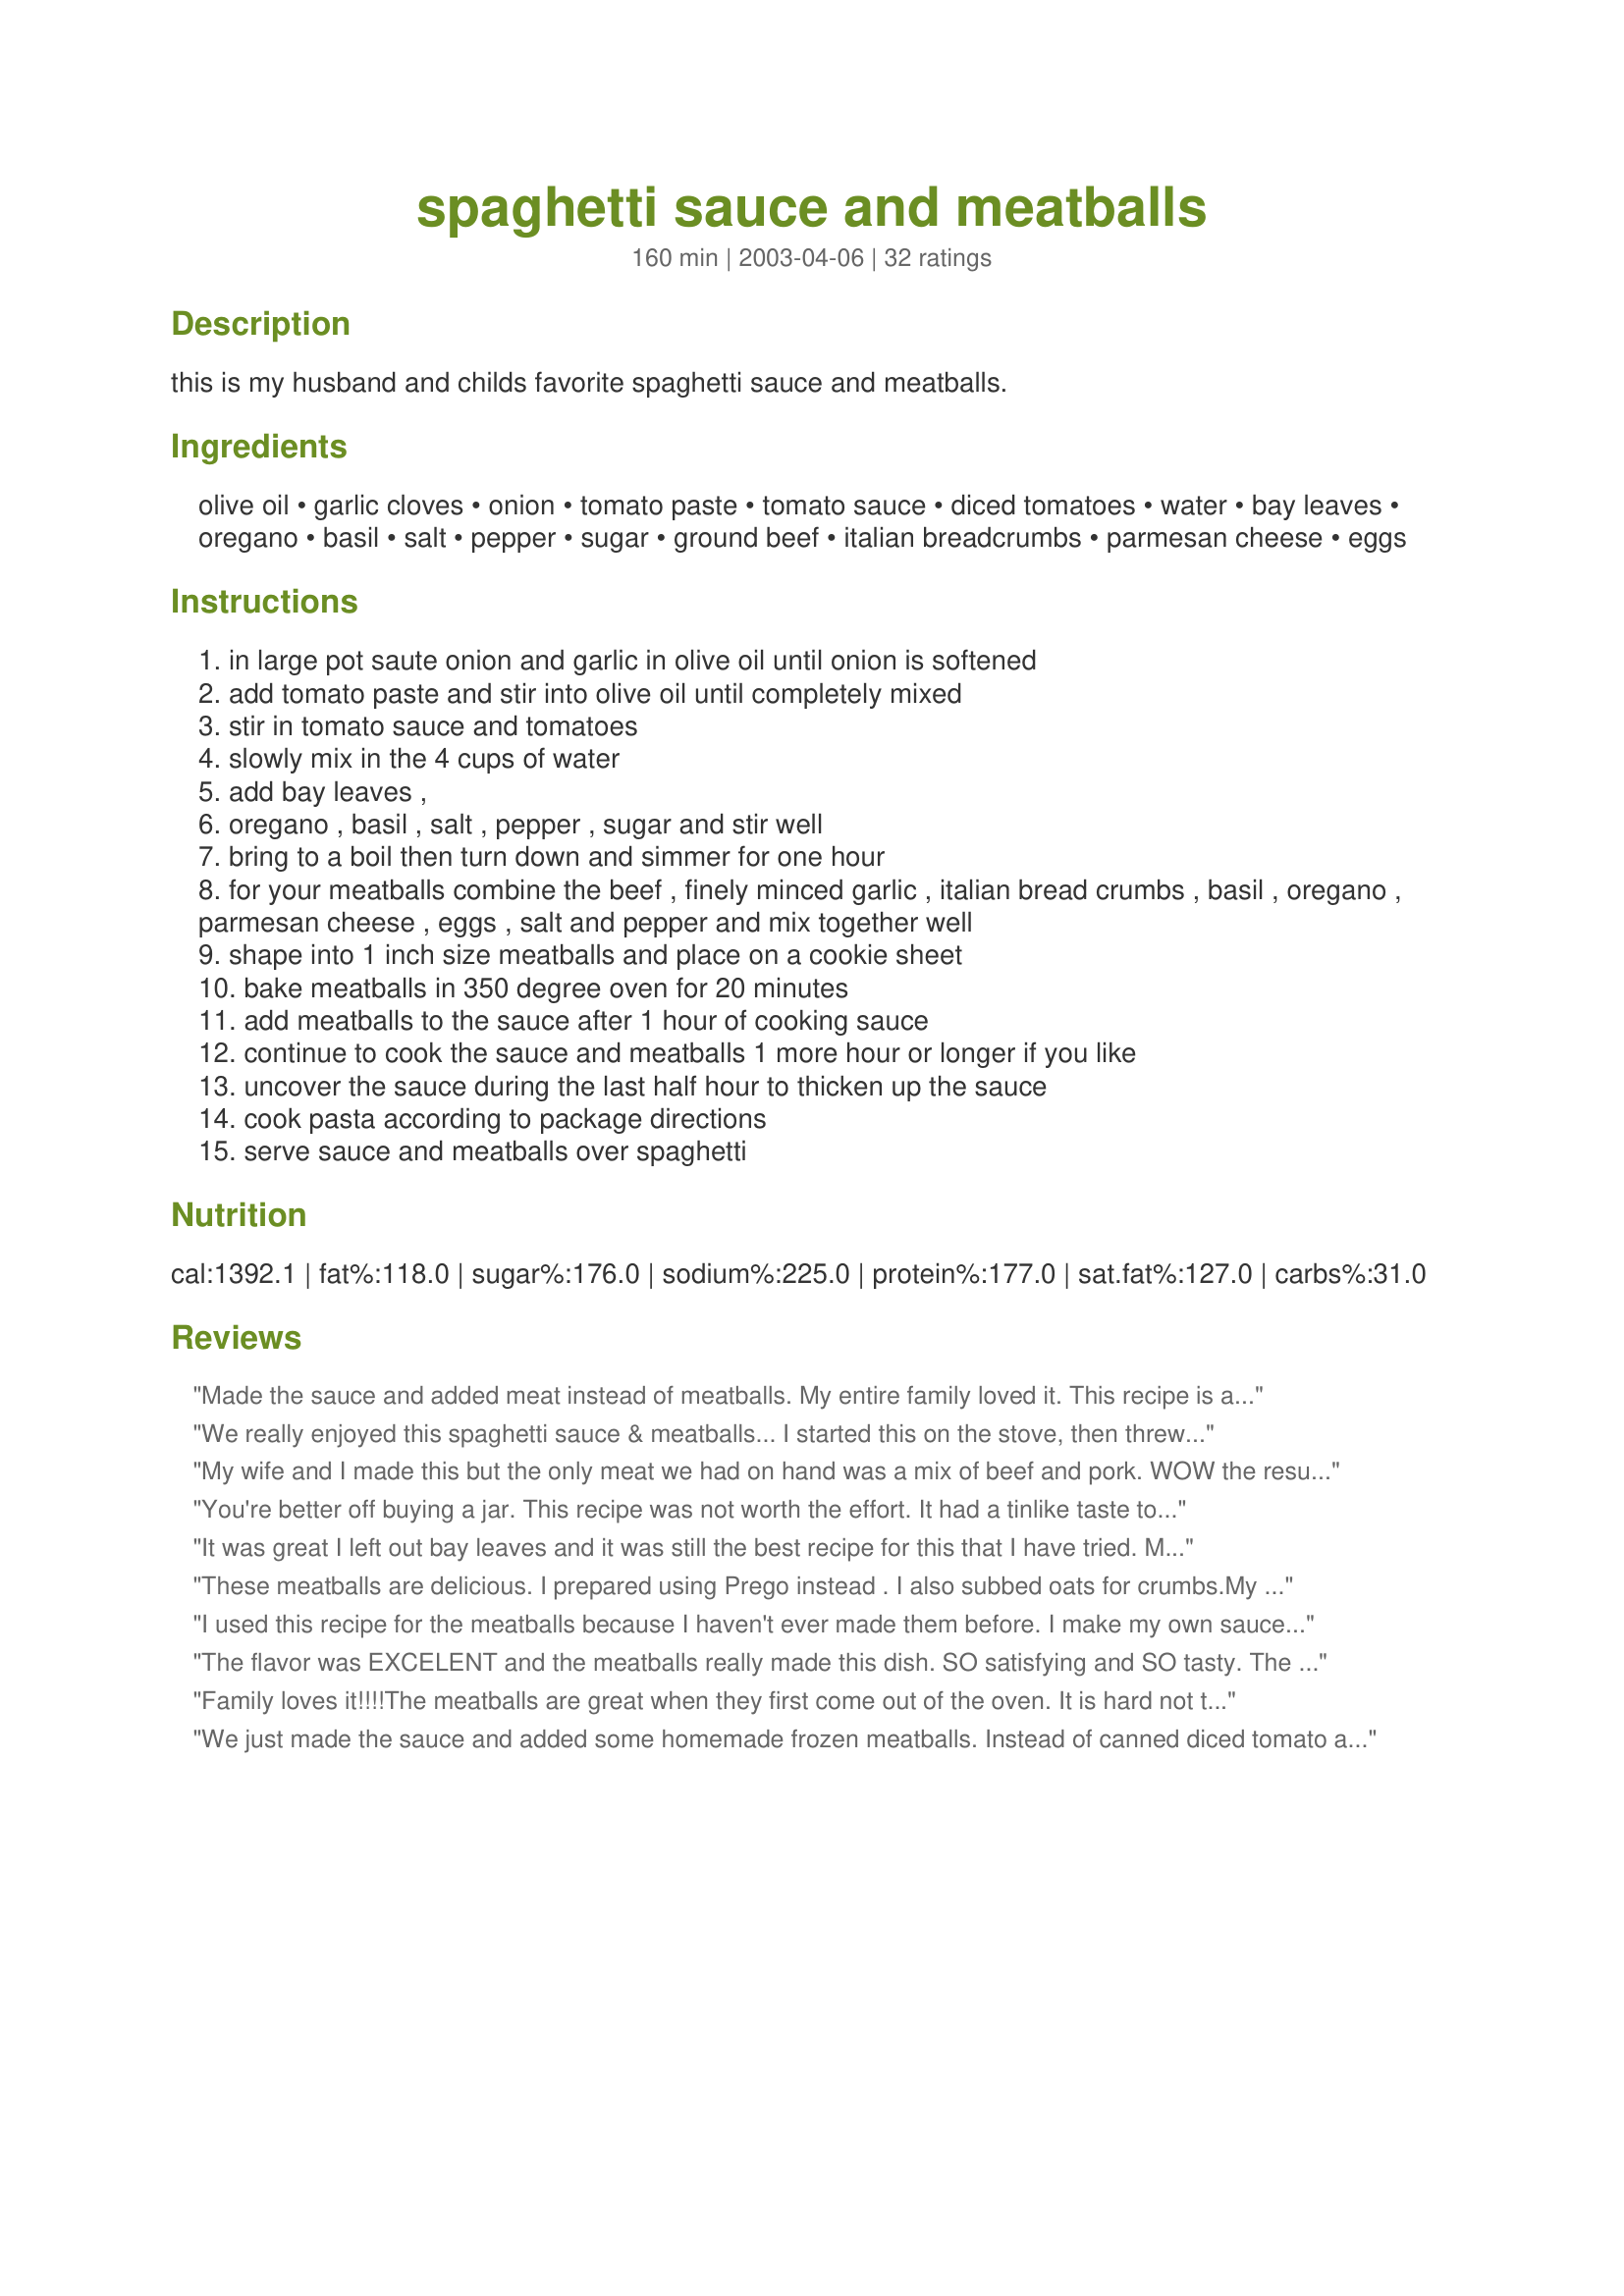
spaghetti sauce and meatballs
Preparation time: 160 minutes

this is my husband and childs favorite spaghetti sauce and meatballs.

Ingredients:
olive oil, garlic cloves, onion, tomato paste, tomato sauce, diced tomatoes, water, bay leaves, oregano, basil, salt, pepper, sugar, ground beef, italian breadcrumbs, parmesan cheese, eggs

Steps:
in large pot saute onion and garlic in olive oil until onion is softened
add tomato paste and stir into olive oil until completely mixed
stir in tomato sauce and tomatoes
slowly mix in the 4 cups of water
add bay leaves ,
oregano , basil , salt , pepper , sugar and stir well
bring to a boil then turn down and simmer for one hour
for your meatballs combine the beef , finely minced garlic , italian bread crumbs , basil , oregano , parmesan cheese , eggs , salt and pepper and mix together well
shape into 1 inch size meatballs and place on a cookie sheet
bake meatballs in 350 degree oven for 20 minutes
add meatballs to the sauce after 1 hour of cooking sauce
continue to cook the sauce and meatballs 1 more hour or longer if you like
uncover the sauce during the last half hour to thicken up the sauce
cook pasta according to package directions
serve sauce and meatballs over spaghetti

Reviews:
Made the sauce and added meat instead of meatballs. My entire family loved it. This recipe is a keeper. Thanks!
We really enjoyed this spaghetti sauce & meatballs... I started this on the stove, then threw it into my crock pot to simmer while we went to the movies. I followed the recipe pretty closely, adding a teaspoon of Italian seasonings to the sauce, omitting the black pepper and adding a couple dashes of crushed red pepper. Also, I omitted the sugar - I don't think it needed it. I didn't measure my olive oil, but I don't think I used anywhere near 1/4 cup. I just coated the bottom of my pan with it. Also, I added the suggested amount of garlic and thought it was the perfect amount (I had read through some of the comments that said there was too much garlic) - but I really enjoy the flavor of garlic in Italian cooking. The meatballs were really good - they had great texture and really added a lot of flavor to the sauce. I only put in 1/2 of the amount of basil and oregano in the meatballs, and added some dried parsley. Also, I added a finely chopped onion to the meatball mixture. This made a LOT of meatballs & sauce - we'll have left-overs tomorrow & I still have plenty to freeze for later. Great recipe, one I'm sure I'll make again. Thanks for posting!
My wife and I made this but the only meat we had on hand was a mix of beef and pork. WOW the result was absolutely outstanding! Sorry Mom, this is without a doubt the best meat balls and sauce combo that I&#039;ve ever had. Still salivating 4 weeks later!
You're better off buying a jar. This recipe was not worth the effort. It had a tinlike taste to it. Proably from all the canned items used. Also, it didn't have enough flavor. The meatballs were pretty good, but not great.
It was great I left out bay leaves and it was still the best recipe for this that I have tried. My husband who hates leftovers took it to work for lunch two days in a row. Thanks for a great recipe.
These meatballs are delicious. I prepared using Prego instead . I also subbed oats for crumbs.My husband said it was the best spaghetti he'd ever had he went on and on . Truly a keeper. Thanks!!!
I used this recipe for the meatballs because I haven't ever made them before. I make my own sauce and it's always been a chunky meat sauce. Craving spaghetti and meatballs, I found this recipe and tried it out. I doubled the garlic and grated parmesan. They came out so yummy! Great recipe, thanks!
The flavor was EXCELENT and the meatballs really made this dish. SO satisfying and SO tasty. The measurment of meatballs to sauce was perfect. Just enough of everything and plenty left over for tomorrow! Thank you for sharing! P.S. - For fun I added mushrooms and a splash of red wine to the sauce before simmering and I browned the meatballs on the stove before putting them in the oven. Turned out fantastic.
Family loves it!!!!The meatballs are great when they first come out of the oven. It is hard not to eat them before putting them in the sauce.
We just made the sauce and added some homemade frozen meatballs. Instead of canned diced tomato and sauce I used 8 cups fresh tomato puree. Wonderful simple flavor.
I just made the meatballs, not the sauce. We both loved them, but it ended up seeming like too much garlic. I cut the recipe in half, and used one large clove of garlic. The too-strong garlic taste might have been because of the large clove. I'll try this recipe again using a smaller clove.
This is my absolute favorite spaghetti sauce recipe because I use my home grown tomatoes(instead of diced) Any other recipe I tried is too acidic with garden tomatoes.
I thought this recipe was absolutely fantastic. I've made it 3 different times now and consistantly have gotten amazing compliments on it. The only thing I do different is I make the meatballs but throw them into the sauce 30 minutes before the sauce is done and they cook up just fine and it cuts the time down a lot and still tastes great! Thanks so much for sharing this recipe.
We're STUFFED! It took a while to make but boy was it worth it!! Everyone loved the meatballs and the sauce sure is much better then the store bought. I used Mediterranean Basil leaves in the meatballs and sauce I think it really added to the overall flavor. I served five of us and there is still enough sauce for another meal. Thanks for the recipe Sheri it is a KEEPER!
This is an excellent recipe. I did not use more than 1/8 cup olive oil however. Otherwise I followed recipe exactly and it was exceptional. Meatballs were firm, great tasting and moist; the sauce held together well, was not watery and very flavorful. (I took 1/2 of the recipe to a friend who had a knee cap fracture.) Very easy to put together.
Outstanding recipe. I used 1lb grass-fed ground beef and 1lb ground pork but otherwise followed recipe exactly. We're from NYC area and know from really good Italian food. This recipe was a hit, especially the meatballs.
Excellent recipe and easy to make. Loved it. Thanks!!!!
The meatballs are incredible and so easy to make! This is a fabulous recipe and a hit with the family!
I have never used a recipe for sauce before, the spice on this was just right. I thought the meatballs were a little heavy, but the taste was good. The next time I will cook the meat in the sauce like i usually do.
This is a savory and satisfying sauce. Easy to make. The second time I made it I didn't have enough tomato paste so substituted extra tomato sauce and made adjustments to the water. Same great results!
I've tried many spaghettti sauce recipes on 'zar. Some are very labor intensive and some are very simple, but I always come back to this one. (I don't usually follow any recipe for meatballs.) The taste is equal to time and labor put into it. I don't feel like I toiled too much for a 'okay' result and it certainly doesn't taste like it came out of a jar or took 15 minutes to make. Thank you, Sheri.
The recipe in all was good.
I made the following changes however to improve the recipe.
- No olive oil (who needs that fat anyway)
- Not as much water (4 cups is too much)
- Added an diced onion to the meatball mixture instead of so much garlic
- Substitued the tomato sauce for a Heinz tomato soup
AND last but not least, added a few chopped mushrooms to the meatball sauce.

The basic idea of the recipe is good, the above improvements make it better and worthy of making again.
I followed this recipe exactly and I'm afraid I have to say DH and I were less then impressed. It was nothing special for all the work and time it took to prepare. I won't be repeating it.
My family LOVED the sauce. Only thing I did differently was use half ground beef and half Italian sausage, just because we like a little kick to our meatballs! Otherwise, the sauce was really great. I did also cook mine in the crock pot on low for several hours while I was away, which seemed to really enhance all the flavors and made it nice and thick!!! GREAT!!! Had some extras the next day to make meatballs subs!!! WOW!! We will definitely ONLY use this recipe from now on!!! Thanks so much Sheri-BDB!!!
Wrote a review earlier today and don't know what happened to it. What I said was, I did not know how to rate this. Because I liked the meatballs very much and will keep the recipe for them. But I did not like the sauce. It tasted strongly of tomato paste and just was not very good, in my opinion. I do, however, thank you for sharing your recipe with us.
Loved it!! I thought overall it was easy to do on a stay home day. My family loved it, and we have enough left for another meal. Thanks so much for posting this wonderful recipe.
Delicious!!!!!!!!!!!!!Only sub was white bread in place of bread crumbs. thanks for a new tasty sauce! Did NOT have a tin can taste!?!wow....most sauce does use canned tomatoes, paste, etc.... I will enjoy this and hope others wouldn't be put off by a review previously.
The meatballs are wonderful. Sometimes I sub 1/2 lb of italian sausage with the beef. I'm not a big meatball fan, but my boyfriend keeps asking for these again and again. It's great on the nights I don't know what to make for dinner. Thanks.
I had never made spaghetti sauce without my trusty jar, so this was really easy and so-o-o good. Everyone enjoyed it. I added about 1/4 cup of red wine during the one hour simmer time, too. Served with garlic bread, a green salad, and a glass of merlot...this was totally fulfilling! Thanks a lot.
I was looking for a "meatball" recipe. ( I will try the sauce another time as already had some simmering on the stove). Did not have dry breadcrumbs on hand so used 1 & 1/2 cups of fresh bread crumbs and added the herbs, plus some dried parsley to the crumbs before adding to the Ground Chuck. These were absolutely the BEST meatballs I've ever eaten. Thanks!!
This is almost as easy as opening a jar, and it tastes sooooo much better. My son was asking for his spaghetti with meatballs and I chose your recipe and am so glad I did. I served this with a lettuce salad and garlic bread. Thank you so much for sharing a favorite of your with us.
I have always been scared to make this from scratch, for no good reason... I LOVE THIS! We all loved it. Excellent, not complicated, wonderful meal. Thanks!
